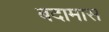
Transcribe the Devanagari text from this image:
बदामास